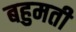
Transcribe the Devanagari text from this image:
बहुमती